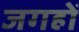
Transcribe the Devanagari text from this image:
जगहोँ